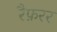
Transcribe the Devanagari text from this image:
रैफ़रर